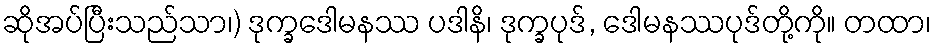
ဆိုအပ်ပြီးသည်သာ၊) ဒုက္ခဒေါမနဿ ပဒါနိ၊ ဒုက္ခပုဒ်, ဒေါမနဿပုဒ်တို့ကို။ တထာ၊